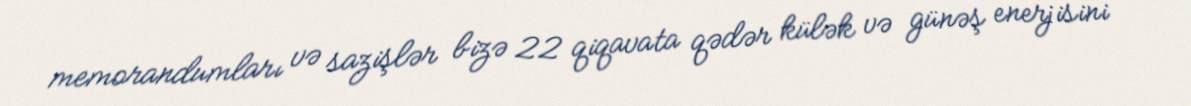
memorandumları və sazişlər bizə 22 qiqavata qədər külək və günəş enerjisini